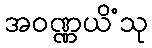
အဝဏ္ဏယိံသု